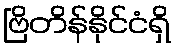
ဗြိတိန်နိုင်ငံရှိ